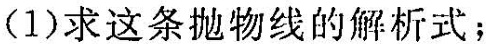
(1)求这条抛物线的解析式；